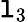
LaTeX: \mathtt{l}_{3}